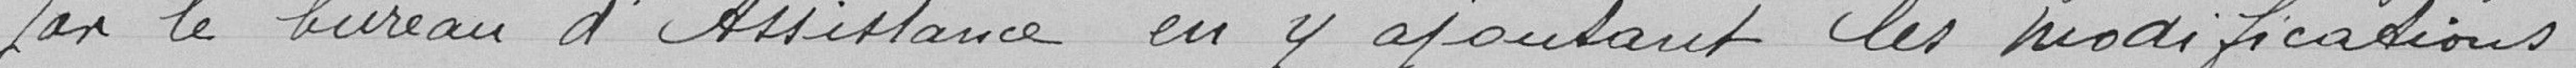
par le bureau d'Assistance en y ajoutant les modifications